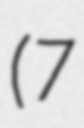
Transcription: (7